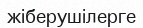
жіберушілерге